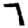
Digit: 7